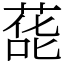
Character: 蒊